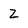
Character: Z